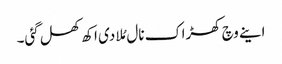
اینے وچ کھڑاک نال مُلا دی اکھ کھل گئی۔